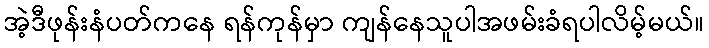
အဲ့ဒီဖုန်းနံပတ်ကနေ ရန်ကုန်မှာ ကျန်နေသူပါအဖမ်းခံရပါလိမ့်မယ်။